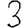
Digit: 3